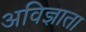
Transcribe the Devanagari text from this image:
अविज्ञाता